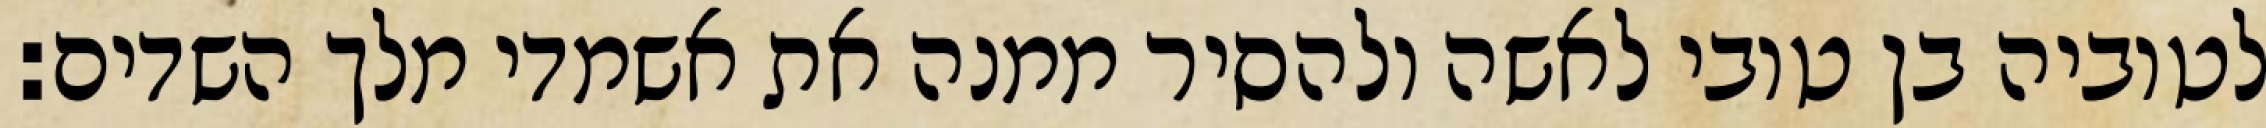
לטוביה בן טובי לאשה ולהסיר ממנה את אשמדי מלך השדים: